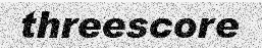
threescore